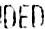
DED